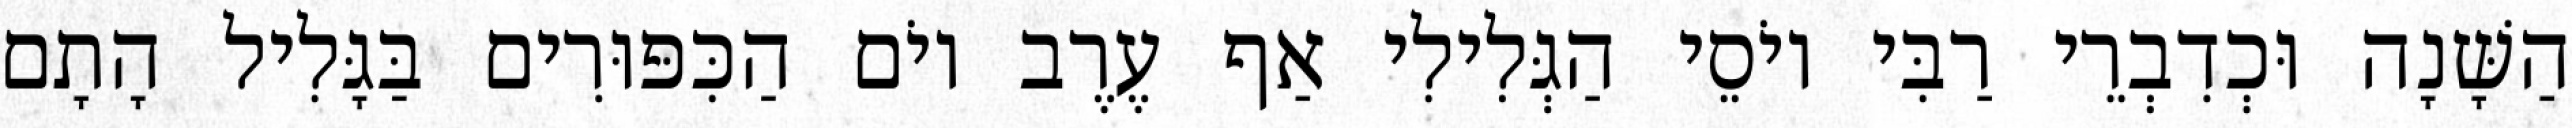
הַשָּׁנָה וּכְדִבְרֵי רַבִּי יוֹסֵי הַגְּלִילִי אַף עֶרֶב יוֹם הַכִּפּוּרִים בַּגָּלִיל הָתָם